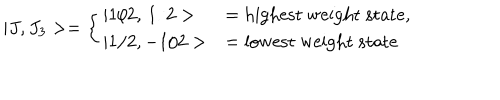
| J , J _ { 3 } > = \left\{ \begin{array} { l l } { { | 1 / 2 , \, 1 / 2 > } } & { { = { \mathrm { h i g h e s t ~ w e i g h t ~ s t a t e } } , } } \\ { { | 1 / 2 , - 1 / 2 > } } & { { = { \mathrm { l o w e s t ~ w e i g h t ~ s t a t e } } } } \\ \end{array} \right.